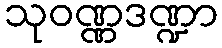
သုဝဏ္ဏဒဏ္ဍာ